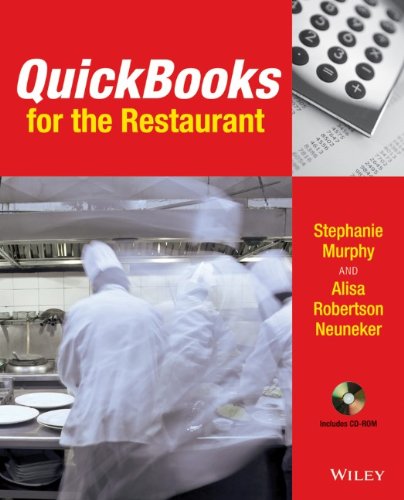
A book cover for QuickBooks for the Restaurant; Stephanie Murphy; Computers & Technology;